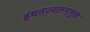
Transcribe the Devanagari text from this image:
इंधनज्वलनामुळे